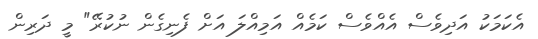
އެކަމަކު އަދިވެސް އެއްވެސް ކަމެއް އަމިއްލަ އަށް ފެނިގެން ނުކުރޭ" މީ ދަރިން